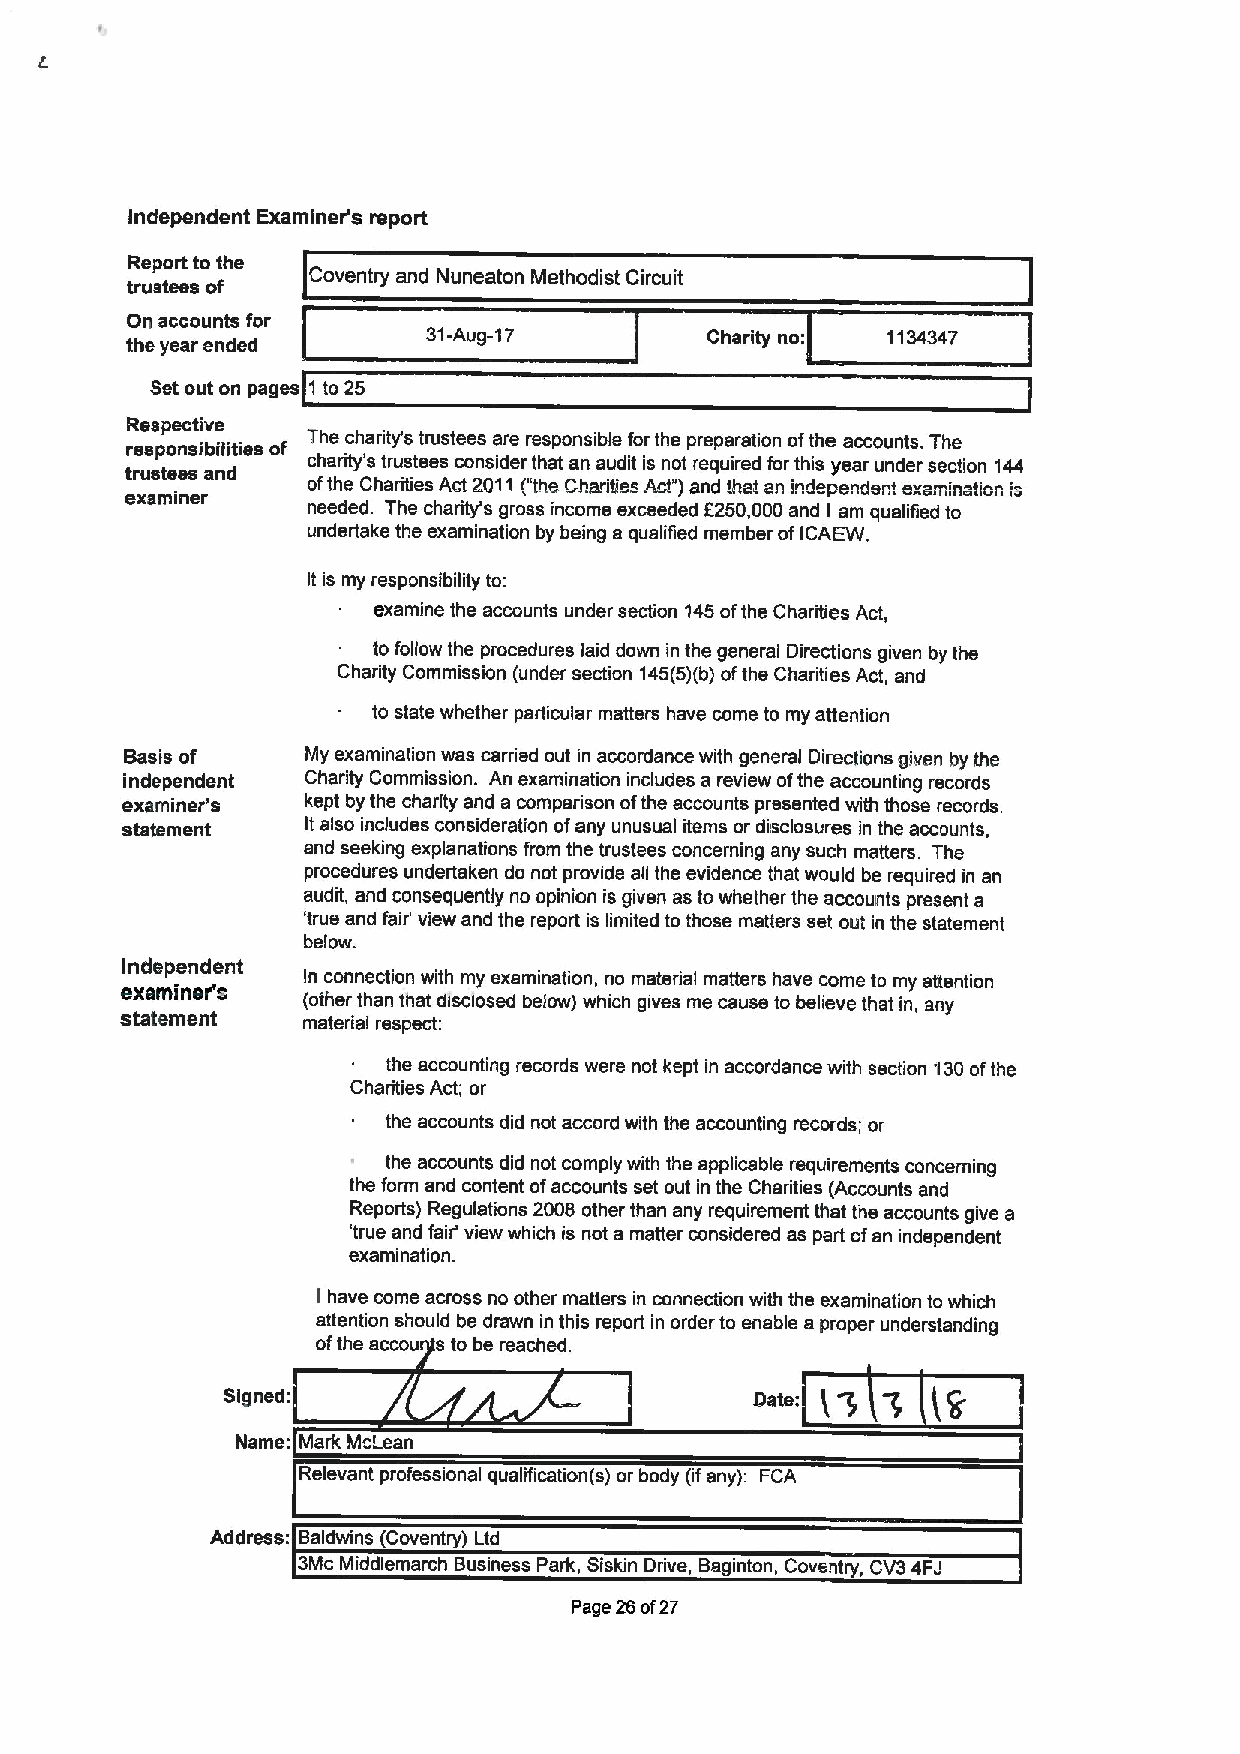
Independent Examiner's report
 Report to the
 trustees of Coventry and Nuneaton Methodist Circuit
 On accounts for
 the year ended      31-Aug-17          Charity no: 1134347
 Set out on pages 1 to 25
 Respective
 responsibilities of The charity's trustees are responsible for the preparation ofthe accounts. The
 trustees and charity's trustees consider that an audit is not required for this year under section 144
 examiner    ofthe Charities Act 2011r"the ChariTies Act")and that an independent examination is
 needed. The charity's gross income exceeded f250,000and I am qualified to
 undertake the examination by being a qualified member ofICAEW.
 It is my responsibility to:
 examine the accounts under section 145ofthe Charities Act,
 to follow the procedures laid down in the general Directions given by the
 Charity Commission (under section 145(5)(b)ofthe Charities Act, and
 to state whether particular matters have come to my attention
 examiner(cid:30)'s
 Basis of    My examination was carried out in accordance with general Directions given by the
 independent Charity Commission. An examination includes a review ofthe accounting records
 kept by the charity and a comparison ofthe accounts presented with those records.
 statement   It also includes consideration ofany unusual items or disclosures in the accounts,
 and seeking explanations from the trustees concerning any such matters. The
 procedures undertaken do not provide all the evidence that would be required in an
 audit, and consequently no opinion is given as to whether the accounts present a
 'true and fair' view and the report is limited to those matters set out in the statement
 below.
 Independent
 examiner's  In connection with my examination, no material matters have come to my attention
 (other than that disclosed below) which gives me cause to believe that in, any
 statement   material respect:
 the accounting records were not kept in accordance with section 130ofthe
 Charities Act; or
 the accounts did not accord with the accounting records; or
 the accounts did not comply with the applicable requirements concerning
 the form and content ofaccounts set out in the Charities (Accounts and
 Reports) Regulations 2008 other than any requirement that the accounts give a
 'true and fair' view which is not a matter considered as part ofan independent
 examination.
 I have come across no other matters in connection with the examination to which
 attention should be drawn in this report in order to enable a proper understanding
 ofthe accou s to be reached.
 Signed:
 Name: Mark!Vlc'-ean
 Relevant professional qualification(s) or body (ifany): FCA
 Address: Baldwins (Coventry) Ltd
 3Mc Middlemarch Business Park, Siskin Drive, Baginton, Coventry, CV34FJ
 Page 26of27